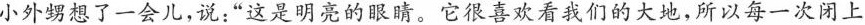
小外甥想了一会儿，说：”这是明亮的眼睛。它很喜欢看我们的大地，所以每一次闭上